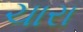
ચારા